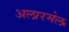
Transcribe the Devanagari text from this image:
अलारमेल